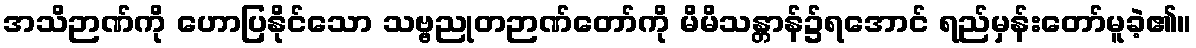
အသိဉာဏ်ကို ဟောပြနိုင်သော သဗ္ဗညုတဉာဏ်တော်ကို မိမိသန္တာန်၌ရအောင် ရည်မှန်းတော်မူခဲ့၏။